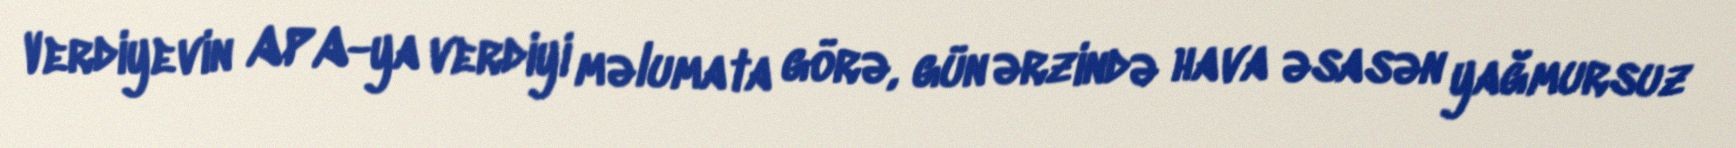
Verdiyevin APA-ya verdiyi məlumata görə, gün ərzində hava əsasən yağmursuz